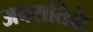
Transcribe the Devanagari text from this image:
अबरातिके